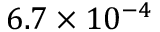
6 . 7 \times 1 0 ^ { - 4 }